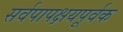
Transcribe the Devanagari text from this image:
सर्वपापक्षयपूर्वक